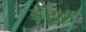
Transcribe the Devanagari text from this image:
ड़ेंसो